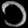
Digit: ၁